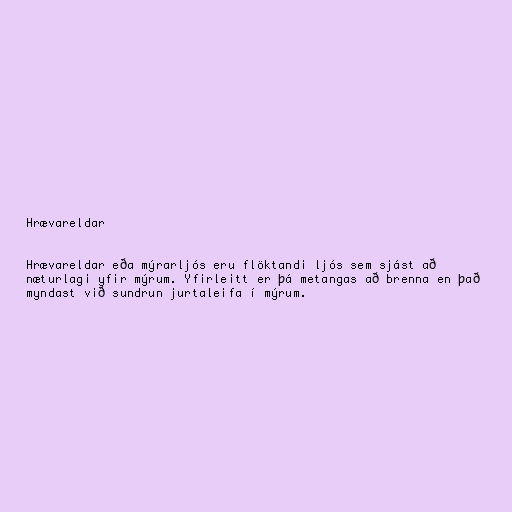
Hrævareldar

Hrævareldar eða mýrarljós eru flöktandi ljós sem sjást að
næturlagi yfir mýrum. Yfirleitt er þá metangas að brenna en það
myndast við sundrun jurtaleifa í mýrum.